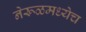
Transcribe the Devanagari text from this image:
नेरूळमध्येच